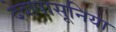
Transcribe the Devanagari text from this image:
देवापासूनिया